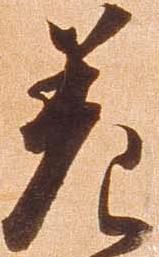
差